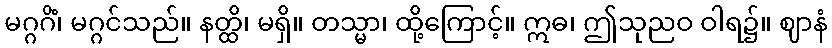
မဂ္ဂဂိံ၊ မဂ္ဂင်သည်။ နတ္ထိ၊ မရှိ။ တသ္မာ၊ ထို့ကြောင့်။ ဣဓ၊ ဤသုညဝ ဝါရ၌။ ဈာနံ